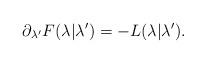
LaTeX: \begin{align*} \partial_{\lambda'}F(\lambda|\lambda') = - L(\lambda|\lambda').\end{align*}